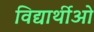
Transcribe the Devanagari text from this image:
विद्यार्थीओ